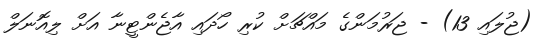
(ޖުލައި 13) - ޖަރުމަންގެ މައްޗަށް ކުރި ހޯދައި އާޖެންޓީނާ އަށް ލިއޮނަލް